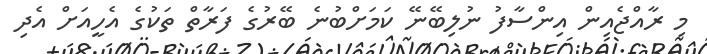
މި ރާއްޖެއިން އިންސާފު ނުލިބޭނޭ ކަމަށްބުނެ ބޭރުގެ ފަރާތް ތަކުގެ އެހީއަށް އެދި